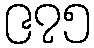
၉၇၅